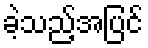
ခဲ့သည့်အပြင်